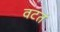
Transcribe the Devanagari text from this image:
वटतं